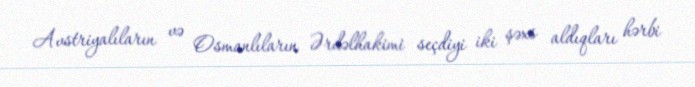
Avstriyalıların və Osmanlıların Ərdəlhakimi seçdiyi iki şəxs aldıqları hərbi